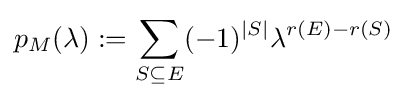
p_{M}(\lambda ):=\sum _{S\subseteq E}(-1)^{|S|}\lambda ^{r(E)-r(S)}